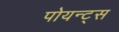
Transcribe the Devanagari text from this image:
पोयन्ट्‌स